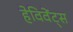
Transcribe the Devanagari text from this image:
हेविवेंट्स